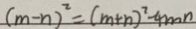
( m - n ) ^ { 2 } = ( m + n ) ^ { 2 } - 4 m n